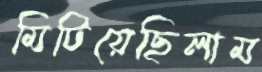
মিটিয়েছিলাম